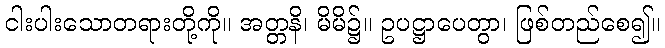
ငါးပါးသောတရားတို့ကို။ အတ္တနိ၊ မိမိ၌။ ဥပဋ္ဌာပေတွာ၊ ဖြစ်တည်စေ၍။